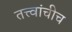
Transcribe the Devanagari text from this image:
तत्त्वांचीच